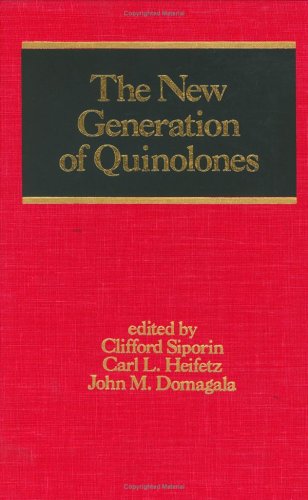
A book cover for The New Generation of Quinolones (Infectious Disease and Therapy); Siporin; Medical Books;